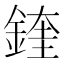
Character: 鍷